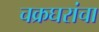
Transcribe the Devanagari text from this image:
चक्रघरांचा